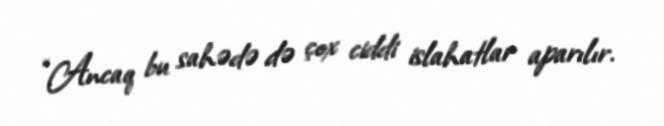
“Ancaq bu sahədə də çox ciddi islahatlar aparılır.